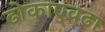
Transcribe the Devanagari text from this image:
ढोकाएवढा